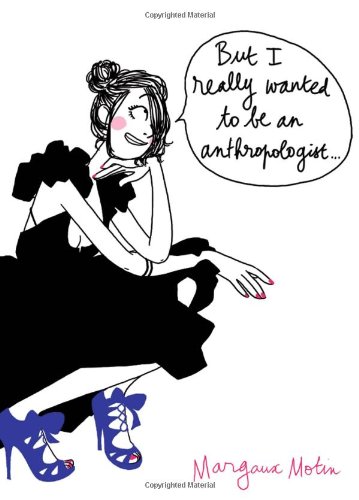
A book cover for But I Really Wanted to Be an Anthropologist; Margaux Motin; Comics & Graphic Novels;